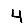
Digit: 4